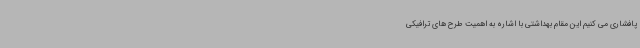
پافشاری می کنیم این مقام بهداشتی با اشاره به اهمیت طرح های ترافیکی